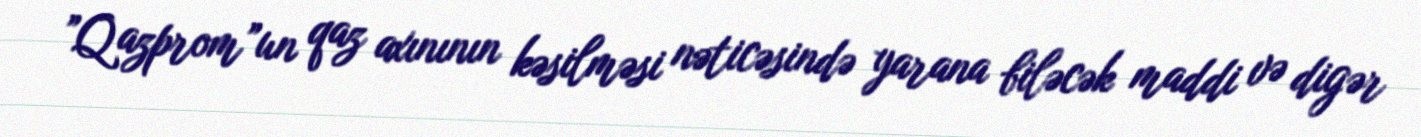
”Qazprom”un qaz axınının kəsilməsi nəticəsində yarana biləcək maddi və digər